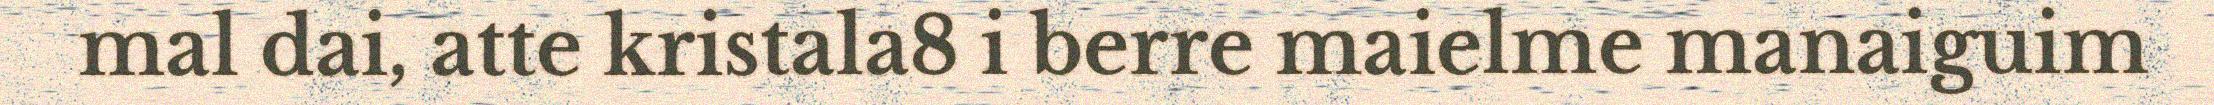
mal dai, atte kristala8 i berre maielme manaiguim